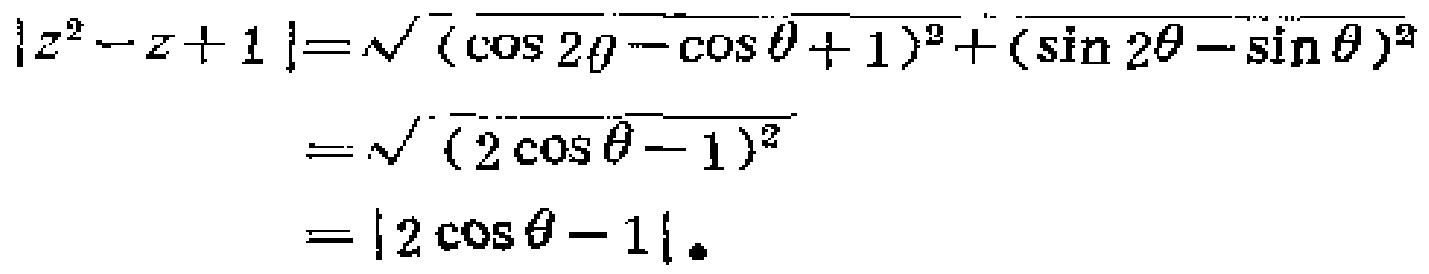
\[
\begin{align*}
|z^{2}-z + 1|&=\sqrt{(\cos2\theta-\cos\theta + 1)^{2}+(\sin2\theta-\sin\theta)^{2}}\\
&=\sqrt{(2\cos\theta - 1)^{2}}\\
&=|2\cos\theta - 1|.
\end{align*}
\]